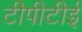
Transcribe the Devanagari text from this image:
टीपीटीई